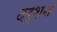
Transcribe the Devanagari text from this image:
दर्शऩ